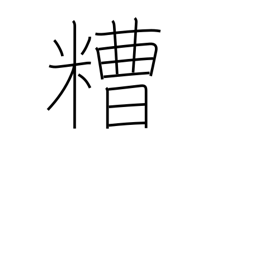
Meaning: grounds